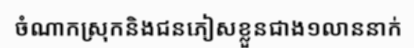
ចំណាកស្រុកនិងជនភៀសខ្លួនជាង១លាននាក់